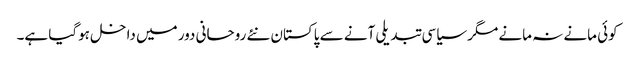
کوئی مانے نہ مانے مگر سیاسی تبدیلی آنے سے پاکستان نئے روحانی دور میں داخل ہوگیا ہے۔